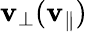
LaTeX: \mathbf{v}_{\perp}(\mathbf{v}_{\parallel})